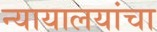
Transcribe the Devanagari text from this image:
न्यायालयांचा